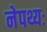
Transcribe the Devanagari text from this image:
नेपथ्यः